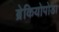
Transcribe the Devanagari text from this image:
ब्रेकियोपोडा